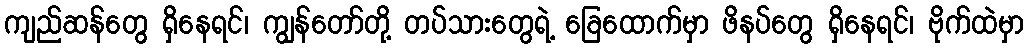
ကျည်ဆန်တွေ ရှိနေရင်၊ ကျွန်တော်တို့ တပ်သားတွေရဲ့ ခြေထောက်မှာ ဖိနပ်တွေ ရှိနေရင်၊ ဗိုက်ထဲမှာ